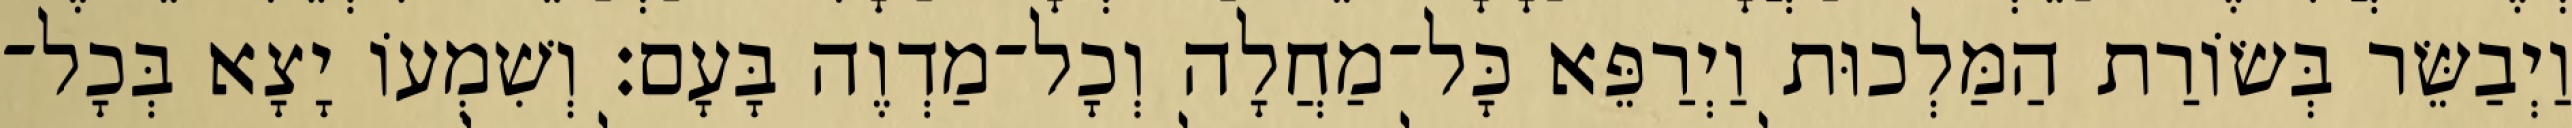
וַיְבַשֵּׂר בְּשׂוֹרַת הַמַּלְכוּת וַיְרַפֵּא כָּל־מַחֲלָה וְכָל־מַדְוֶה בָּעָם׃ וְשִׁמְעוֹ יָצָא בְּכָל־